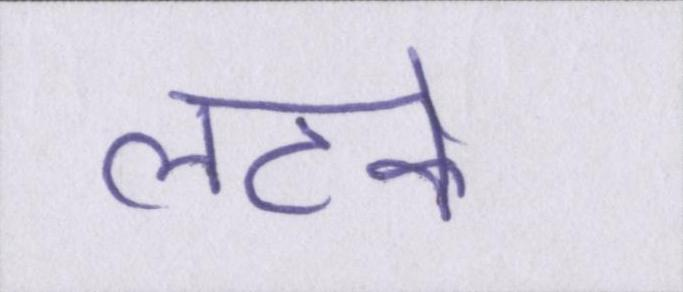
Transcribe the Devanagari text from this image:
लटके